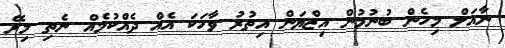
ނާއަލް މިހެން ބުނުމުން އިޒްޔަން އިތުރު ވާހަކަ އެއް ދެއްކުމެއް ނެތި މިރޭ